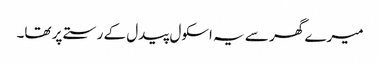
میرے گھر سے یہ اسکول پیدل کے رستے پر تھا۔